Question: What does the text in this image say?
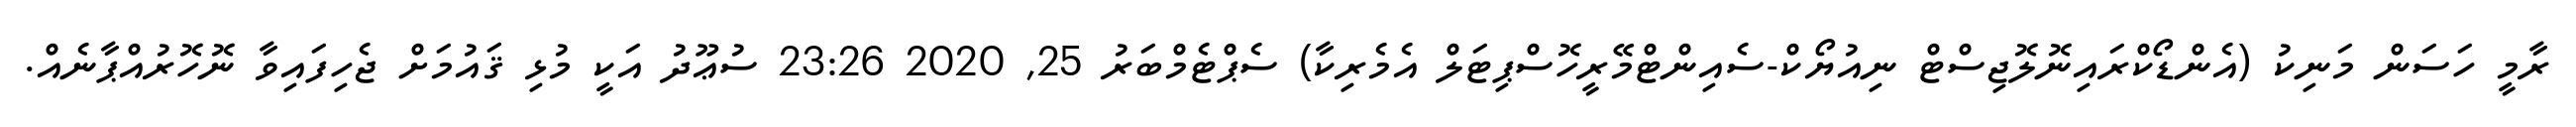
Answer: ރާމީ ހަސަން މަނިކު (އެންޑޯކްރައިނޮލޮޖިސްޓް ނިއުޔޯކް-ސެއިންޓްމޭރީހޮސްޕިޓަލް އެމެރިކާ) ސެޕްޓެމްބަރު 25, 2020 23:26 ސުޢޫދު އަކީ މުޅި ޤައުމަށް ޖެހިފައިވާ ނޮހޮރުއްޕާނެއް.